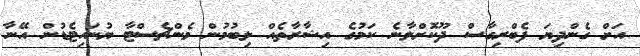
އަށް ގެންދިޔަ ފެބްރިގާސް ދޫކޮށްލާނެ ކަމުގެ އިޝާރާތެއް ލިބުމުން މެންޗެސްޓާ ޔުނައިޓެޑުން އޭނާ